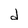
Character: d